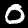
Digit: 0